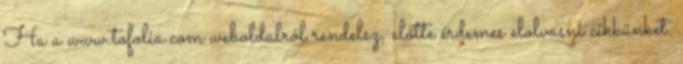
Ha a www.tofolia.com weboldalról rendelsz, előtte érdemes elolvasni cikkünket.